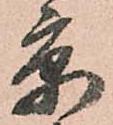
京